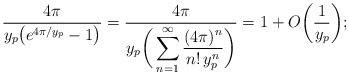
\begin{align*}&\frac{4\pi}{y_{p}\big(e^{4\pi\slash y_{p}}-1\big)}=\frac{4\pi}{y_{p}\bigg(\displaystyle\sum_{n=1}^{\infty}\frac{(4\pi)^{n}}{n!\,y_{p}^{n}}\bigg)}=1+O\bigg(\frac{1}{y_{p}}\bigg);\end{align*}